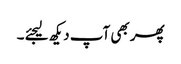
پھر بھی آپ دیکھ لیجئے ۔